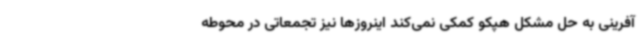
‌آفرینی به حل مشکل هپکو کمکی نمی‌کند اینروزها نیز تجمعاتی در محوطه